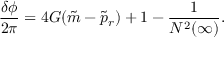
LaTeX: \frac { \delta \phi } { 2 \pi } = 4 G ( \tilde { m } - \tilde { p } _ { r } ) + 1 - \frac { 1 } { N ^ { 2 } ( \infty ) } .